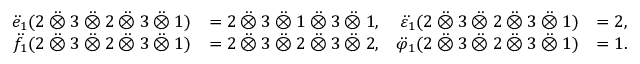
\begin{array} { r l r l } { \ddot { e } _ { 1 } ( 2 \mathbin { \ddot { \otimes } } 3 \mathbin { \ddot { \otimes } } 2 \mathbin { \ddot { \otimes } } 3 \mathbin { \ddot { \otimes } } 1 ) } & { = 2 \mathbin { \ddot { \otimes } } 3 \mathbin { \ddot { \otimes } } 1 \mathbin { \ddot { \otimes } } 3 \mathbin { \ddot { \otimes } } 1 , } & { \ddot { \varepsilon } _ { 1 } ( 2 \mathbin { \ddot { \otimes } } 3 \mathbin { \ddot { \otimes } } 2 \mathbin { \ddot { \otimes } } 3 \mathbin { \ddot { \otimes } } 1 ) } & { = 2 , } \\ { \ddot { f } _ { 1 } ( 2 \mathbin { \ddot { \otimes } } 3 \mathbin { \ddot { \otimes } } 2 \mathbin { \ddot { \otimes } } 3 \mathbin { \ddot { \otimes } } 1 ) } & { = 2 \mathbin { \ddot { \otimes } } 3 \mathbin { \ddot { \otimes } } 2 \mathbin { \ddot { \otimes } } 3 \mathbin { \ddot { \otimes } } 2 , } & { \ddot { \varphi } _ { 1 } ( 2 \mathbin { \ddot { \otimes } } 3 \mathbin { \ddot { \otimes } } 2 \mathbin { \ddot { \otimes } } 3 \mathbin { \ddot { \otimes } } 1 ) } & { = 1 . } \end{array}